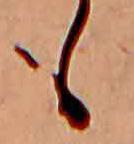
も